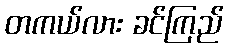
တကယ်လား ခင်ကြည်